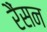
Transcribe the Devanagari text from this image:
रैंसन